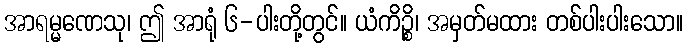
အာရမ္မဏေသု၊ ဤ အာရုံ ၆-ပါးတို့တွင်။ ယံကိဉ္စိ၊ အမှတ်မထား တစ်ပါးပါးသော။